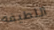
اللطيفه